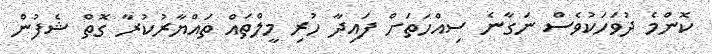
ކޮންމެ ދުވަހަކުވެސް ނަގާނެ ސިއްހަތަށް ފައިދާ ހުރި މީލްތައް ތައްޔާރުކުރާ ގޮތް ޝެފުން